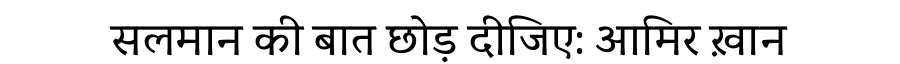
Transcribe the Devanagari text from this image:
सलमान की बात छोड़ दीजिए: आमिर ख़ान